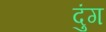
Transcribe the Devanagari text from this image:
दुंग